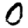
Digit: 0